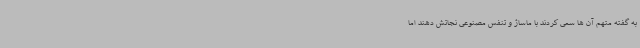
به گفته متهم آن ها سعی کردند با ماساژ و تنفس مصنوعی نجاتش دهند اما